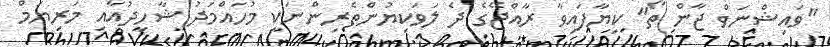
"ވައިޝްނަވް ޖާން ތޯ" ކިޔާފައިވާ ރާއްޖޭގެ ދެ ލަވަކިޔުންތެރިންނަކީ މުހައްމަދު ޝާހިދުއާއި މަރިޔަމް